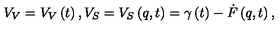
V _ { V } = V _ { V } \left( t \right) , V _ { S } = V _ { S } \left( q , t \right) = \gamma \left( t \right) - \dot { F } \left( q , t \right) ,